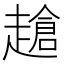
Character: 𧽜